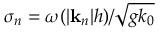
\sigma _ { n } = \omega ( | \mathbf { k } _ { n } | h ) / \sqrt { g k _ { 0 } }